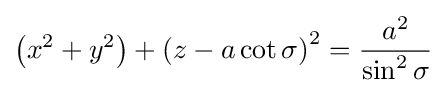
\left(x^{2}+y^{2}\right)+\left(z-a\cot \sigma \right)^{2}={\frac {a^{2}}{\sin ^{2}\sigma }}